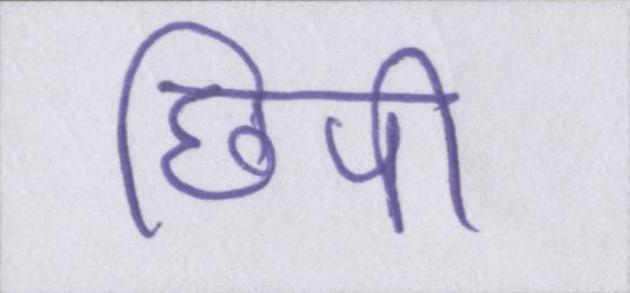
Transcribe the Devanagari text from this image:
छिपी